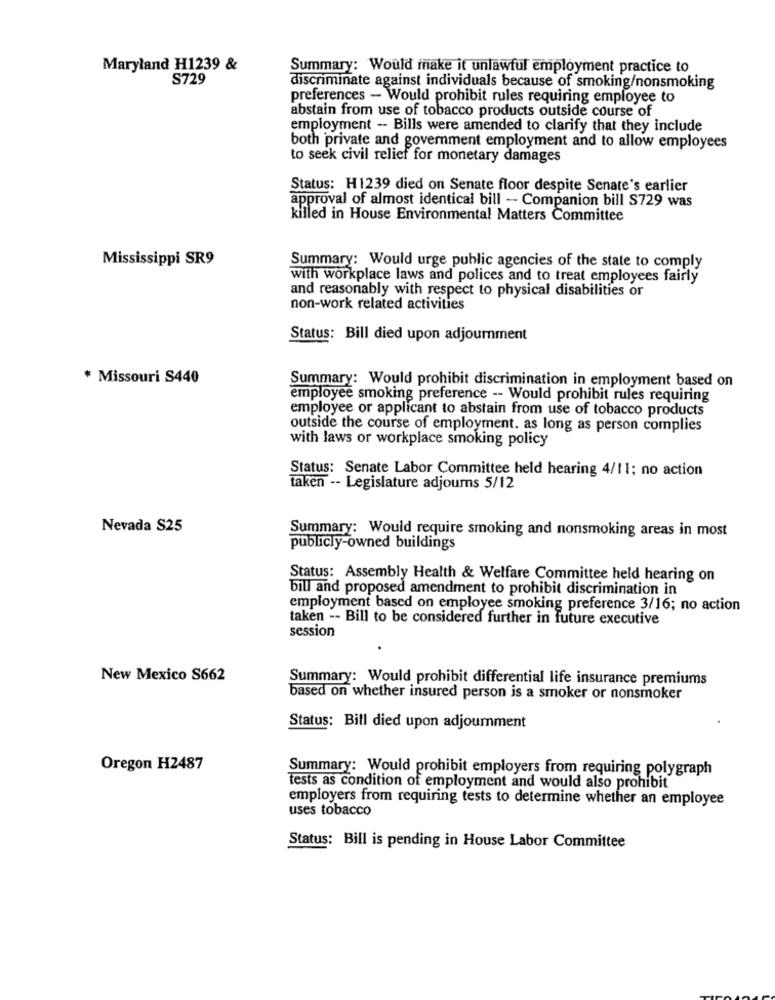
Maryland H1239 &
Summary: Would make it unlawful employment practice to
S729
discriminate against individuals because of smoking/nonsmoking
preferences - Would prohibit rules requiring employee to
abstain from use of tobacco products outside course of
employment -- Bills were amended to clarify that they include
both private and government employment and to allow employees
to seek civil relief for monetary damages
Status: H1239 died on Senate floor despite Senate's earlier
approval of almost identical bill - Companion bill S729 was
killed in House Environmental Matters Committee
Mississippi SR9
Summary: Would urge public agencies of the state to comply
with workplace laws and polices and to treat employees fairly
and reasonably with respect to physical disabilities or
non-work related activities
Status: Bill died upon adjournment
* Missouri S440
Summary: Would prohibit discrimination in employment based on
employee smoking preference -- Would prohibit rules requiring
employee or applicant to abstain from use of tobacco products
outside the course of employment. as long as person complies
with laws or workplace smoking policy
Status: Senate Labor Committee held hearing 4/11; no action
taken -- Legislature adjours 5/12
Nevada S25
Summary: Would require smoking and nonsmoking areas in most
publicly-owned buildings
Status: Assembly Health & Welfare Committee held hearing on
bill and proposed amendment to prohibit discrimination in
employment based on employee smoking preference 3/16; no action
taken -- Bill to be considered further in future executive
session
New Mexico S662
Summary: Would prohibit differential life insurance premiums
based on whether insured person is a smoker or nonsmoker
Status: Bill died upon adjoumment
Oregon H2487
Summary: Would prohibit employers from requiring polygraph
tests as condition of employment and would also prohibit
employers from requiring tests to determine whether an employee
uses tobacco
Status: Bill is pending in House Labor Committee